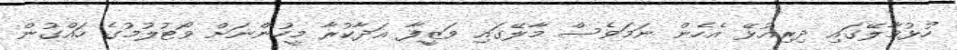
ހުޅުމާލޭގައި ދިރިއުޅޭ އެހެން ނަމަވެސް މާލޭގައި ވަޒީފާ އަދާކުރާ މީހުންނަށް ވޯޓުލުމުގެ ހައްގުން